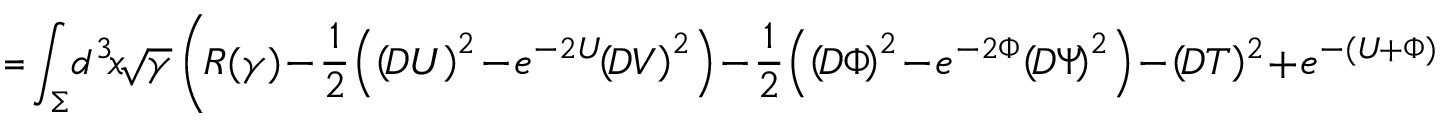
\! \! \! \! I \! = \! \int _ { \Sigma } \! d ^ { 3 } \! x \! \sqrt { \gamma } \left( \! R ( \gamma ) \! - \! { \frac { 1 } { 2 } } \! \left( \left( \! D U \right) ^ { 2 } \! - \! e ^ { - 2 U } \! \! \left( \! D V \right) ^ { 2 } \right) \! - \! { \frac { 1 } { 2 } } \! \left( \left( \! D \Phi \! \right) ^ { 2 } \! - \! e ^ { - 2 \Phi } \! \left( \! D \Psi \! \right) ^ { 2 } \right) \! - \! \left( \! D T \right) \! ^ { 2 } \! + \! e ^ { - ( U \! + \Phi ) } V ( T ) \! \right)